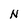
Character: N